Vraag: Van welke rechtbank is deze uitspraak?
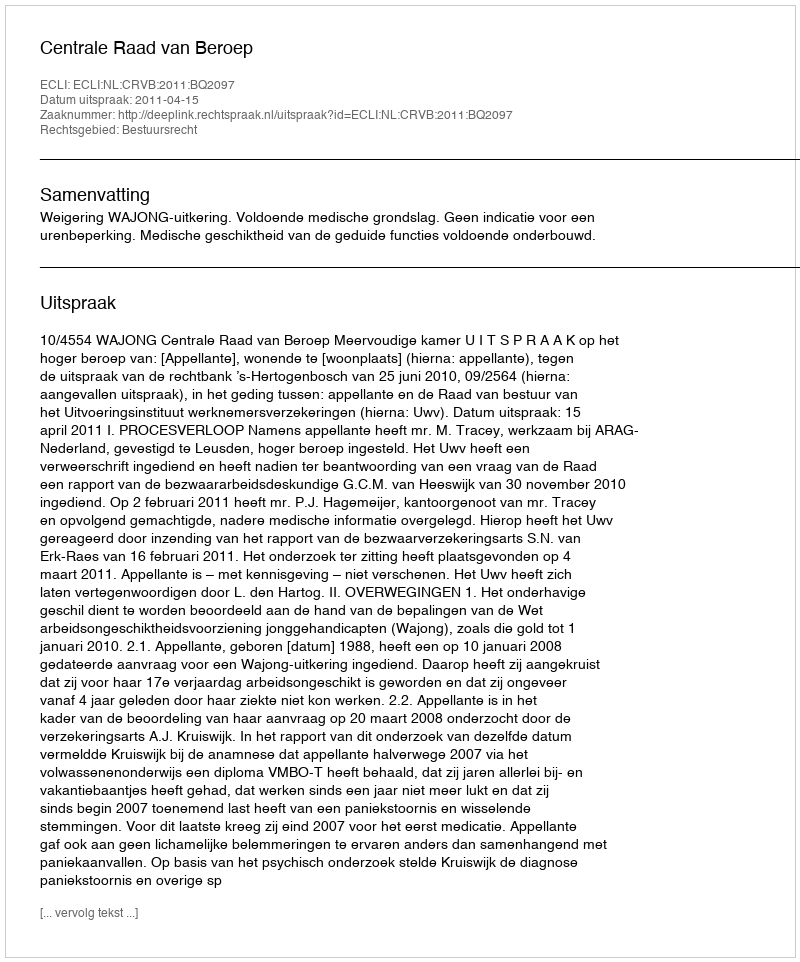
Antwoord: Centrale Raad van Beroep